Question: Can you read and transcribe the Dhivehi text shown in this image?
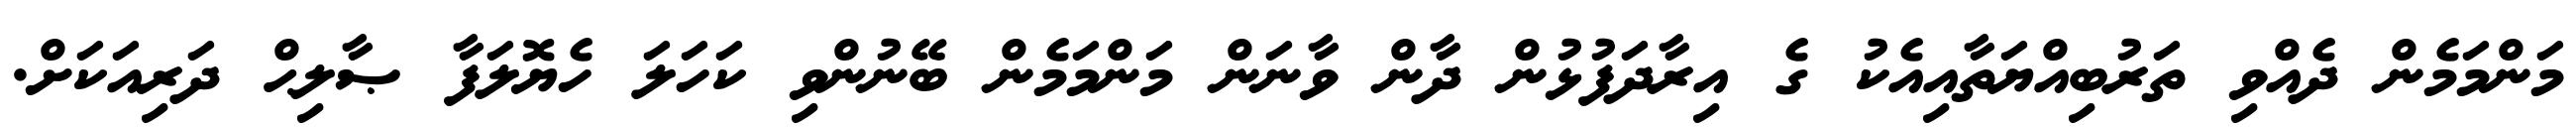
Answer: މަންމަމެން ދެއްވި ތަރުބިއްޔަތާއިއެކު ގެ އިރާދަފުޅުން ދާން ވާނަން މަންމަމެން ބޭނުންވި ކަހަލަ ހެޔޮލަފާ ޞާލިޙް ދަރިއަކަށް.